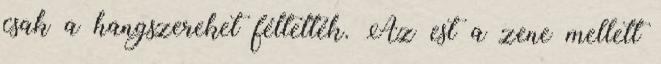
csak a hangszereket féltették. Az est a zene mellett